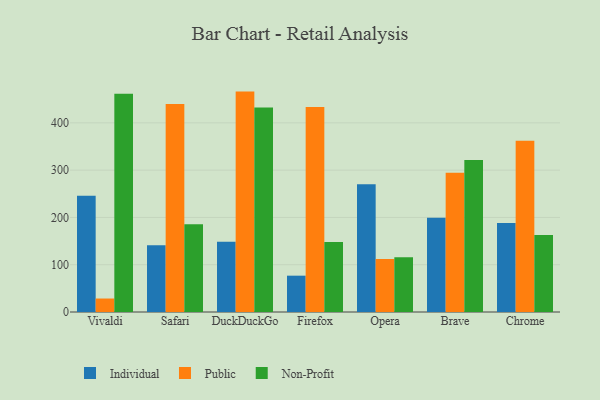
{"axis": {"x": "Browser", "y": "Demand Index"}, "legend": ["Individual", "Non-Profit", "Public"], "data": [{"x": "Vivaldi", "y": 245.8, "type": "Individual"}, {"x": "Vivaldi", "y": 28.5, "type": "Public"}, {"x": "Vivaldi", "y": 461.3, "type": "Non-Profit"}, {"x": "Safari", "y": 141.3, "type": "Individual"}, {"x": "Safari", "y": 440.0, "type": "Public"}, {"x": "Safari", "y": 185.5, "type": "Non-Profit"}, {"x": "DuckDuckGo", "y": 148.3, "type": "Individual"}, {"x": "DuckDuckGo", "y": 466.1, "type": "Public"}, {"x": "DuckDuckGo", "y": 432.3, "type": "Non-Profit"}, {"x": "Firefox", "y": 76.8, "type": "Individual"}, {"x": "Firefox", "y": 433.7, "type": "Public"}, {"x": "Firefox", "y": 148.2, "type": "Non-Profit"}, {"x": "Opera", "y": 270.1, "type": "Individual"}, {"x": "Opera", "y": 112.3, "type": "Public"}, {"x": "Opera", "y": 115.9, "type": "Non-Profit"}, {"x": "Brave", "y": 199.5, "type": "Individual"}, {"x": "Brave", "y": 294.3, "type": "Public"}, {"x": "Brave", "y": 321.3, "type": "Non-Profit"}, {"x": "Chrome", "y": 188.3, "type": "Individual"}, {"x": "Chrome", "y": 362.2, "type": "Public"}, {"x": "Chrome", "y": 162.7, "type": "Non-Profit"}]}